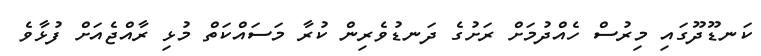
ކަނޑޫދޫގައި މިރުސް ހެއްދުމަށް ރަށުގެ ދަނޑުވެރިން ކުރާ މަސައްކަތް މުޅި ރާއްޖެއަށް ފުޅާވެ